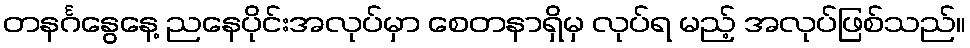
တနင်္ဂနွေနေ့ ညနေပိုင်းအလုပ်မှာ စေတနာရှိမှ လုပ်ရ မည့် အလုပ်ဖြစ်သည်။